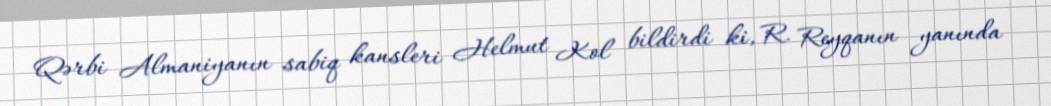
Qərbi Almaniyanın sabiq kansleri Helmut Kol bildirdi ki, R. Reyqanın yanında